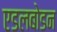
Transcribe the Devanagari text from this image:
एडलबोडन